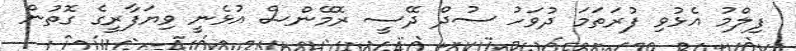
ފިލްމު އެޅުވި ފުރަތަމަ ދުވަހު ސުދް ދޭސީ ރޮމޭންސް އުޅެނީ ވިޔަފާރީގެ ގޮތުން